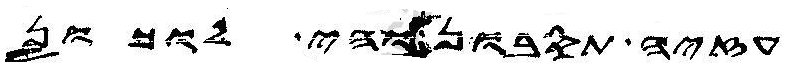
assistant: עזיה תסבון והי לוכון